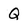
Character: Q